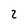
Character: 2